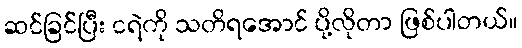
ဆင်ခြင်ပြီး ငရဲကို သတိရအောင် ပို့လိုတာ ဖြစ်ပါတယ်။